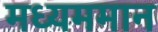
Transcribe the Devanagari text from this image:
मध्यममान